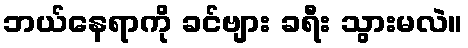
ဘယ်နေရာကို ခင်ဗျား ခရီး သွားမလဲ။